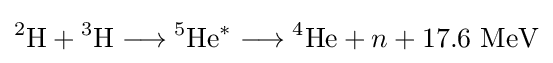
{}^{2}\mathrm {H} +{}^{3}\mathrm {H} \longrightarrow {}^{5}\mathrm {He} ^{*}\longrightarrow {}^{4}\mathrm {He} +n+17.6\ \mathrm {MeV}